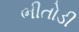
ભીતોડી